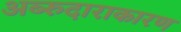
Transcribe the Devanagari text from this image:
अब्‍रुदाराकारण